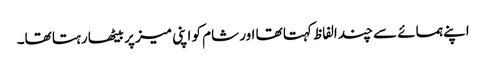
اپنے ہمسائے سے چند الفاظ کہتا تھا اور شام کو اپنی میز پر بیٹھا رہتا تھا۔